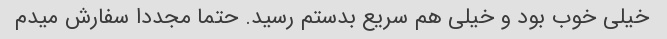
خیلی خوب بود و خیلی هم سریع بدستم رسید. حتما مجددا سفارش میدم